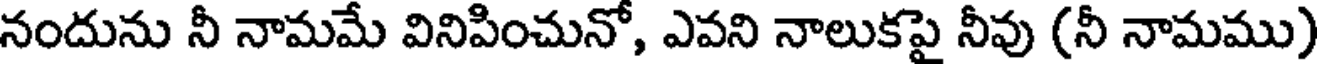
నందును నీ నామమే వినిపించునో, ఎవని నాలుకపై నీవు (నీ నామము)